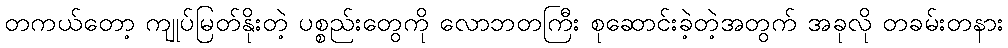
တကယ်တော့ ကျုပ်မြတ်နိုးတဲ့ ပစ္စည်းတွေကို လောဘတကြီး စုဆောင်းခဲ့တဲ့အတွက် အခုလို တခမ်းတနား